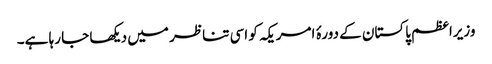
وزیراعظم پاکستان کے دورۂ امریکہ کو اسی تناظر میں دیکھا جا رہا ہے۔